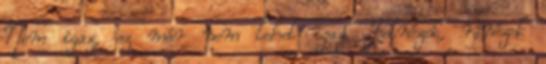
Nem igaz, ez már nem lehet igaz. Felnézek, ránézek